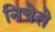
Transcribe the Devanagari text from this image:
निचेसे